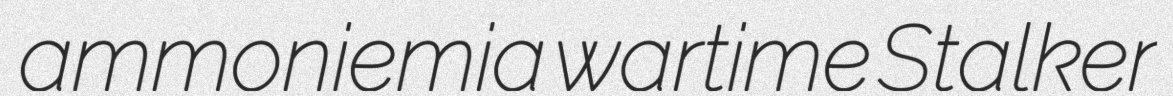
ammoniemia wartime Stalker